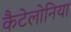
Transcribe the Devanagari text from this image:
कैटेलोनिया